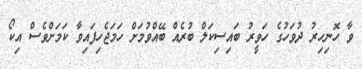
ވާ ހޮނިހިރު ދުވަހުގެ ހަވީރު ބައިސިކަލް ބުރެއް ބޭއްވުމަށް ހަމަޖެހިފައިވާ ކަމަށްވެސް އިކޯ